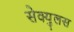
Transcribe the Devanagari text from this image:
सेक्युलस